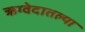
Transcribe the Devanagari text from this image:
ऋग्वेदातल्या